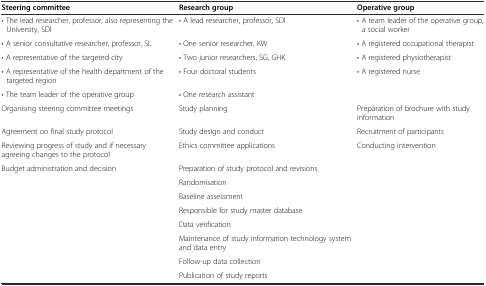
<table><thead><tr><td><b>Steering committee</b></td><td><b>Research group</b></td><td><b>Operative group</b></td></tr></thead><tbody><tr><td>• The lead researcher, professor, also representing the University, SDI</td><td>• A lead researcher, professor, SDI</td><td>• A team leader of the operative group, a social worker</td></tr><tr><td>• A senior consultative researcher, professor, SL</td><td>• One senior researcher, KW</td><td>• A registered occupational therapist</td></tr><tr><td>• A representative of the targeted city</td><td>• Two junior researchers, SG, GHK</td><td>• A registered physiotherapist</td></tr><tr><td>• A representative of the health department of the targeted region</td><td>• Four doctoral students</td><td>• A registered nurse</td></tr><tr><td>• The team leader of the operative group</td><td>• One research assistant</td><td></td></tr><tr><td>Organising steering committee meetings</td><td>Study planning</td><td>Preparation of brochure with study information</td></tr><tr><td>Agreement on final study protocol</td><td>Study design and conduct</td><td>Recruitment of participants</td></tr><tr><td>Reviewing progress of study and if necessary agreeing changes to the protocol</td><td>Ethics committee applications</td><td>Conducting intervention</td></tr><tr><td>Budget administration and decision</td><td>Preparation of study protocol and revisions</td><td></td></tr><tr><td></td><td>Randomisation</td><td></td></tr><tr><td></td><td>Baseline assessment</td><td></td></tr><tr><td></td><td>Responsible for study master database</td><td></td></tr><tr><td></td><td>Data verification</td><td></td></tr><tr><td></td><td>Maintenance of study information technology system and data entry</td><td></td></tr><tr><td></td><td>Follow-up data collection</td><td></td></tr><tr><td></td><td>Publication of study reports</td><td></td></tr></tbody></table>